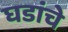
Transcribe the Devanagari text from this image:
घडांचे